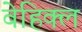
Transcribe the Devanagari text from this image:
वेहिक्ल